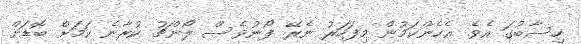
ހިސާބުގަ އެވެ. އެހެންކަމުން މިފަހަރު ނެރޭ ފޯނުވެސް ލޯންޗު ކުރާނެ ކަމަށް ބޮޑަށް